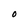
Character: O